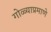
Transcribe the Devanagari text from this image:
गोळ्याप्रमाणे